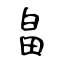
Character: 畠